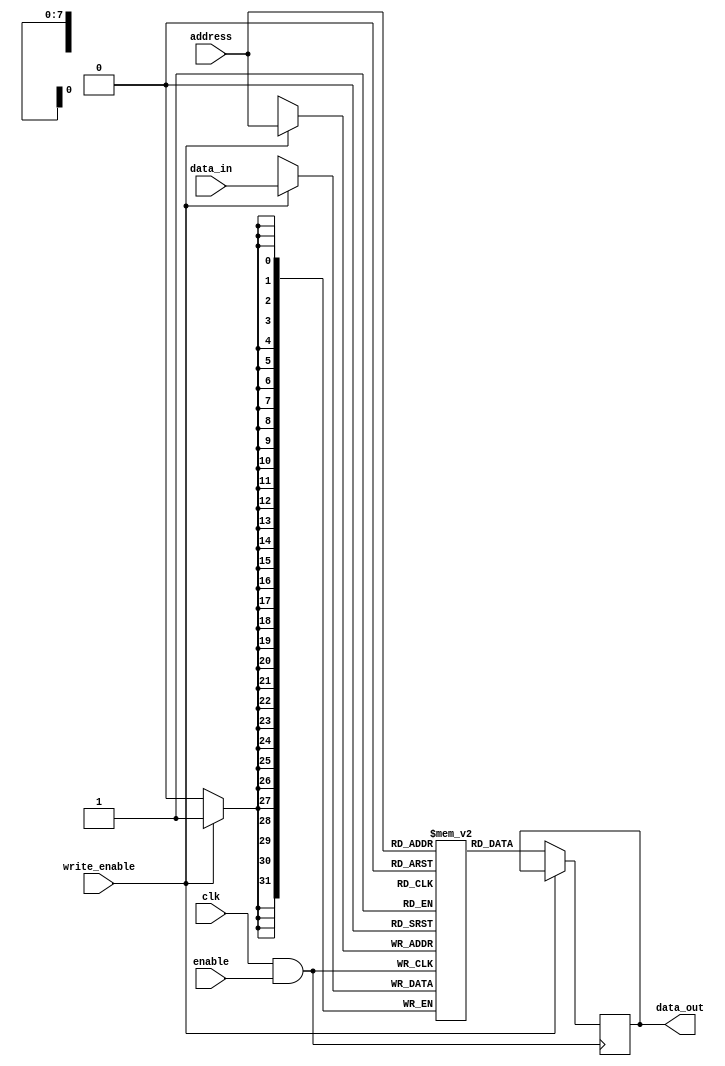
module MemoryBlock (
    input wire clk,               // Main clock signal
    input wire enable,            // Enable signal to activate memory
    input wire [7:0] address,     // Memory address
    input wire [31:0] data_in,    // Data input for write operations
    input wire write_enable,       // Write enable signal
    output reg [31:0] data_out     // Data output for read operations
);

    // Memory array (e.g., 256 x 32 bits)
    reg [31:0] memory_array [0:255];

    // Clock gating signal
    wire gated_clk;

    // Clock gating logic
    assign gated_clk = clk & enable; // Clock is enabled only when 'enable' is high

    // Memory read and write operations
    always @(posedge gated_clk) begin
        if (write_enable) begin
            memory_array[address] <= data_in; // Write operation
        end
        else begin
            data_out <= memory_array[address]; // Read operation
        end
    end

endmodule